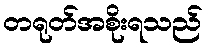
တရုတ်အစိုးရသည်